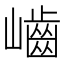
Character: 𡾐